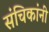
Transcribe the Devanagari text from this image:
संचिकांनी